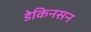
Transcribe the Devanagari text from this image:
डेकिनसन